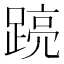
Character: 𮛽